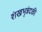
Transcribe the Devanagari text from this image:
शंखभृन्नंदकी